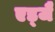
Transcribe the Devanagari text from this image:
एड्जै